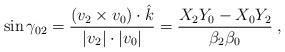
LaTeX: \begin{align*}\sin \gamma_{02} = \frac{(v_2 \times v_0)\cdot \hat{k}}{|v_2|\cdot|v_0|}= \frac{X_2 Y_0 - X_0 Y_2}{\beta_2 \beta_0} \;,\end{align*}